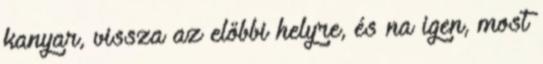
kanyar, vissza az előbbi helyre, és na igen, most